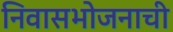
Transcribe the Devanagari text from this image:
निवासभोजनाची